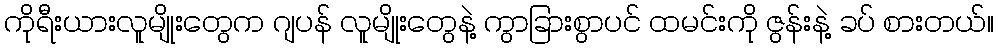
ကိုရီးယားလူမျိုးတွေက ဂျပန် လူမျိုးတွေနဲ့ ကွာခြားစွာပင် ထမင်းကို ဇွန်းနဲ့ ခပ် စားတယ်။